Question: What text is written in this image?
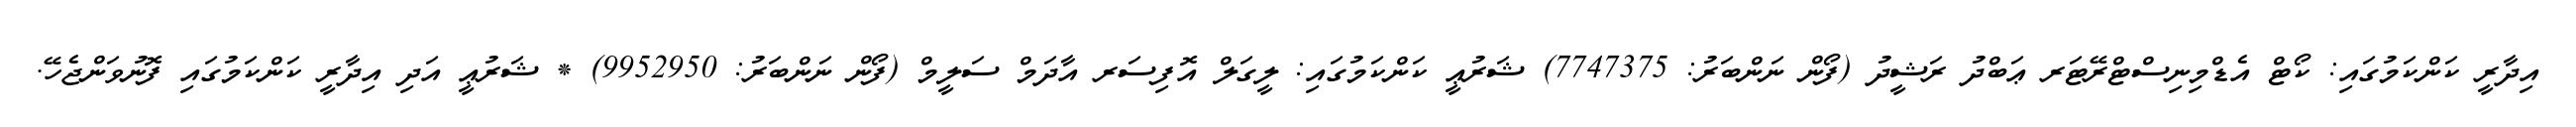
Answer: އިދާރީ ކަންކަމުގައި: ކޯޓް އެޑްމިނިސްޓްރޭޓަރ ޢަބްދު ރަޝީދު (ފޯން ނަންބަރު: 7747375) ޝަރުޢީ ކަންކަމުގައި: ލީގަލް އޮފިސަރ އާދަމް ސަލީމް (ފޯން ނަންބަރު: 9952950) * ޝަރުޢީ އަދި އިދާރީ ކަންކަމުގައި ފޮނުވަންޖެހޭ.